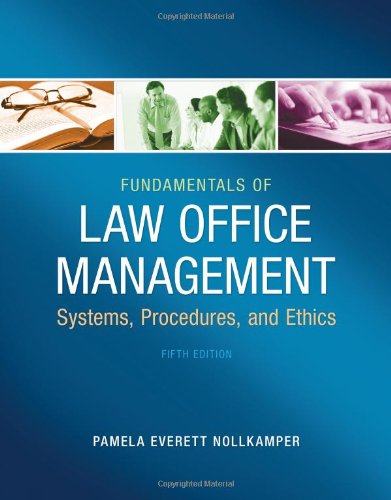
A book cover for Fundamentals of Law Office Management; Pamela Everett-Nollkamper; Law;